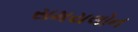
સમયલોન